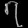
Digit: ၇